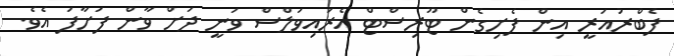
ފެބްރުއަރީ އިން ފެށިގެން ޓޫރިސްޓް އެރައިވަލްސް ވަނީ ދަށް ވާން ފަށާފަ އެވެ.